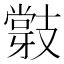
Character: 𭣝